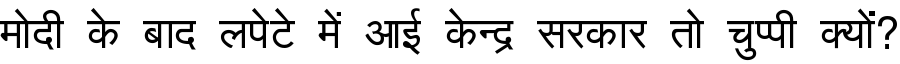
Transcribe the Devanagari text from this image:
मोदी के बाद लपेटे में आई केन्द्र सरकार तो चुप्पी क्यों?